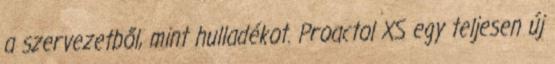
a szervezetből, mint hulladékot. Proactol XS egy teljesen új